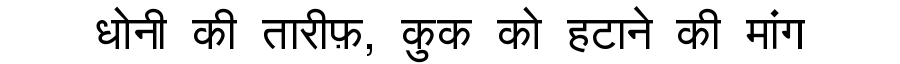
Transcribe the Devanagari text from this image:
धोनी की तारीफ़, कुक को हटाने की मांग